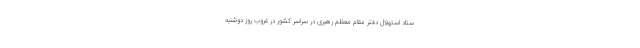
ستاد استهلال دفتر مقام معظم رهبری در سراسر کشور در غروب روز دوشنبه